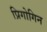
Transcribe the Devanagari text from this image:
प्रिगोगिन